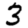
Digit: 3